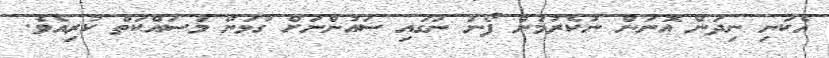
އެކަނި ނިދަން އޮނަން ނުކެރުމުން ފޯނު ނަގައި ސައުންނަށް ގުޅަން މަސައްކަތް ކުރިއެވެ.